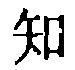
知